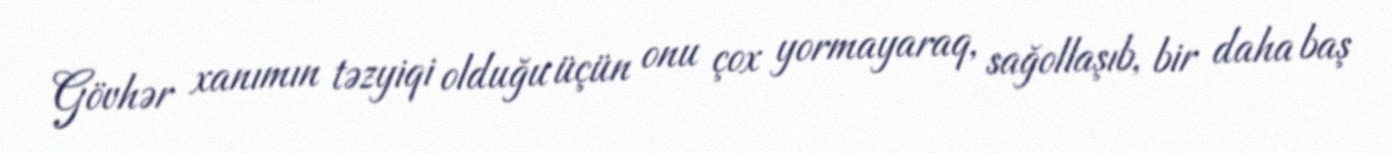
Gövhər xanımın təzyiqi olduğu üçün onu çox yormayaraq, sağollaşıb, bir daha baş